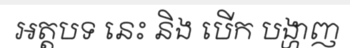
អត្តបទ នេះ និង បើក បង្ហាញ